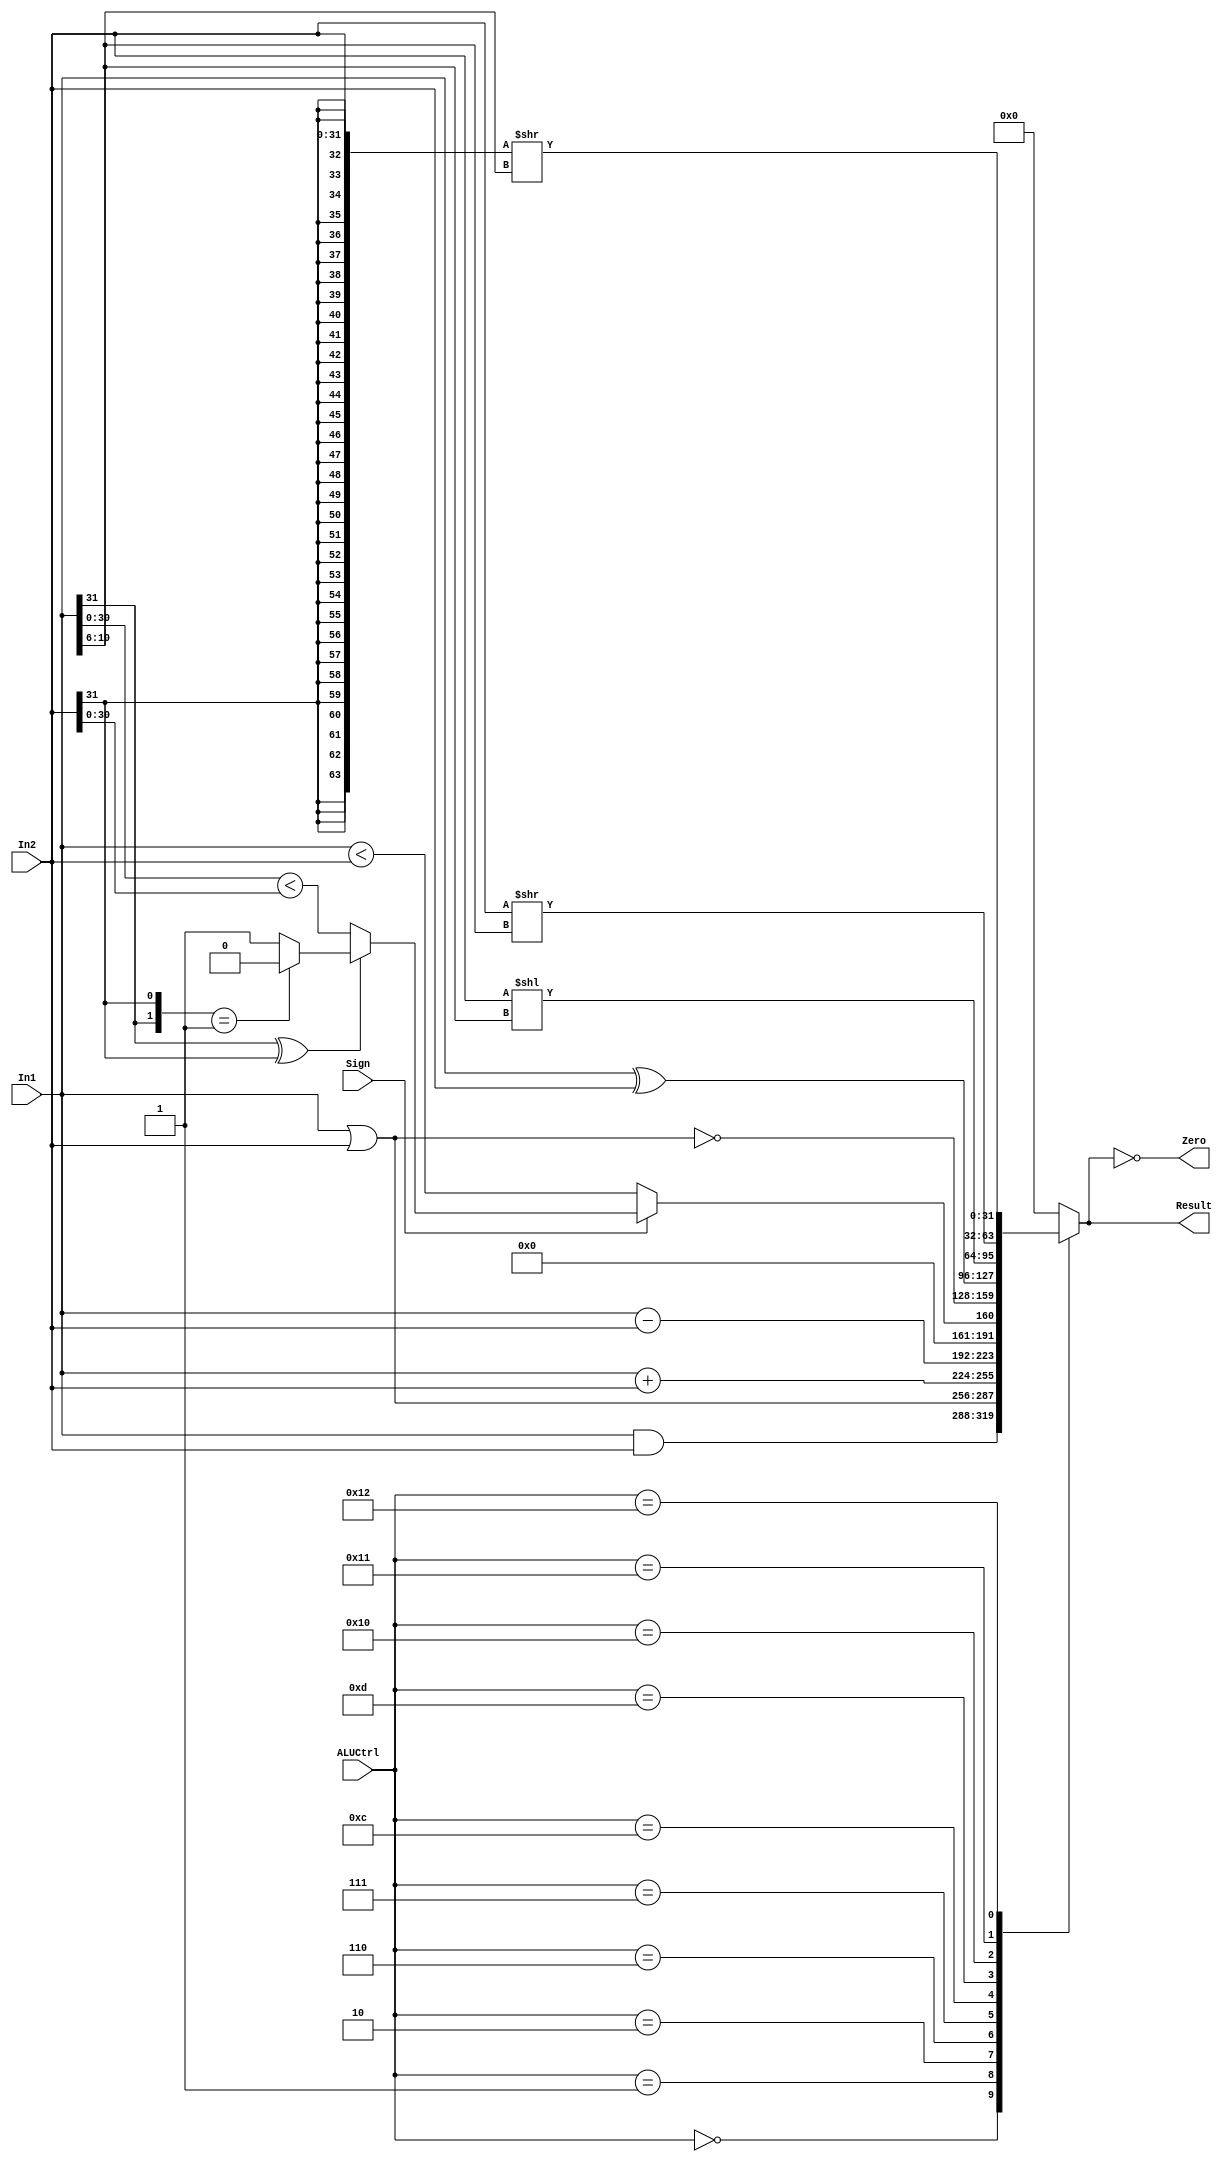
`timescale 1ns / 1ps

module ALU (ALUCtrl, Sign, In1, In2, Zero, Result);
    input [4:0] ALUCtrl;
    input Sign;
    input [31:0] In1;
    input [31:0] In2;

    output Zero;
    output reg [31:0] Result;

    assign Zero = (Result == 0);

    wire [1:0] ss;
    wire lt_31;
    wire lt_signed;

    assign ss = {In1[31], In2[31]};
    assign lt_31 = (In1[30:0] < In2[30:0]);
    assign lt_signed = (In1[31] ^ In2[31])? ((ss == 2'b01)? 0: 1): lt_31;

    always @(*) begin
        case (ALUCtrl)
            5'b00000: Result <= In1 & In2;
            5'b00001: Result <= In1 | In2;
            5'b00010: Result <= In1 + In2;
            5'b00110: Result <= In1 - In2;
            5'b00111: Result <= {31'h00000000, Sign? lt_signed: (In1 < In2)};
            5'b01100: Result <= ~(In1 | In2);
            5'b01101: Result <= In1 ^ In2;
            5'b10000: Result <= (In2 << In1[10:6]);
            5'b10001: Result <= (In2 >> In1[10:6]);
            5'b10010: Result <= ({{32{In2[31]}}, In2} >> In1[10:6]);
            default: Result <= 32'h00000000;
        endcase
    end
    
endmodule